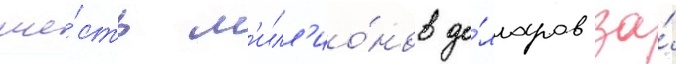
ше́сть м'илл'ио́нов до́лларов за́